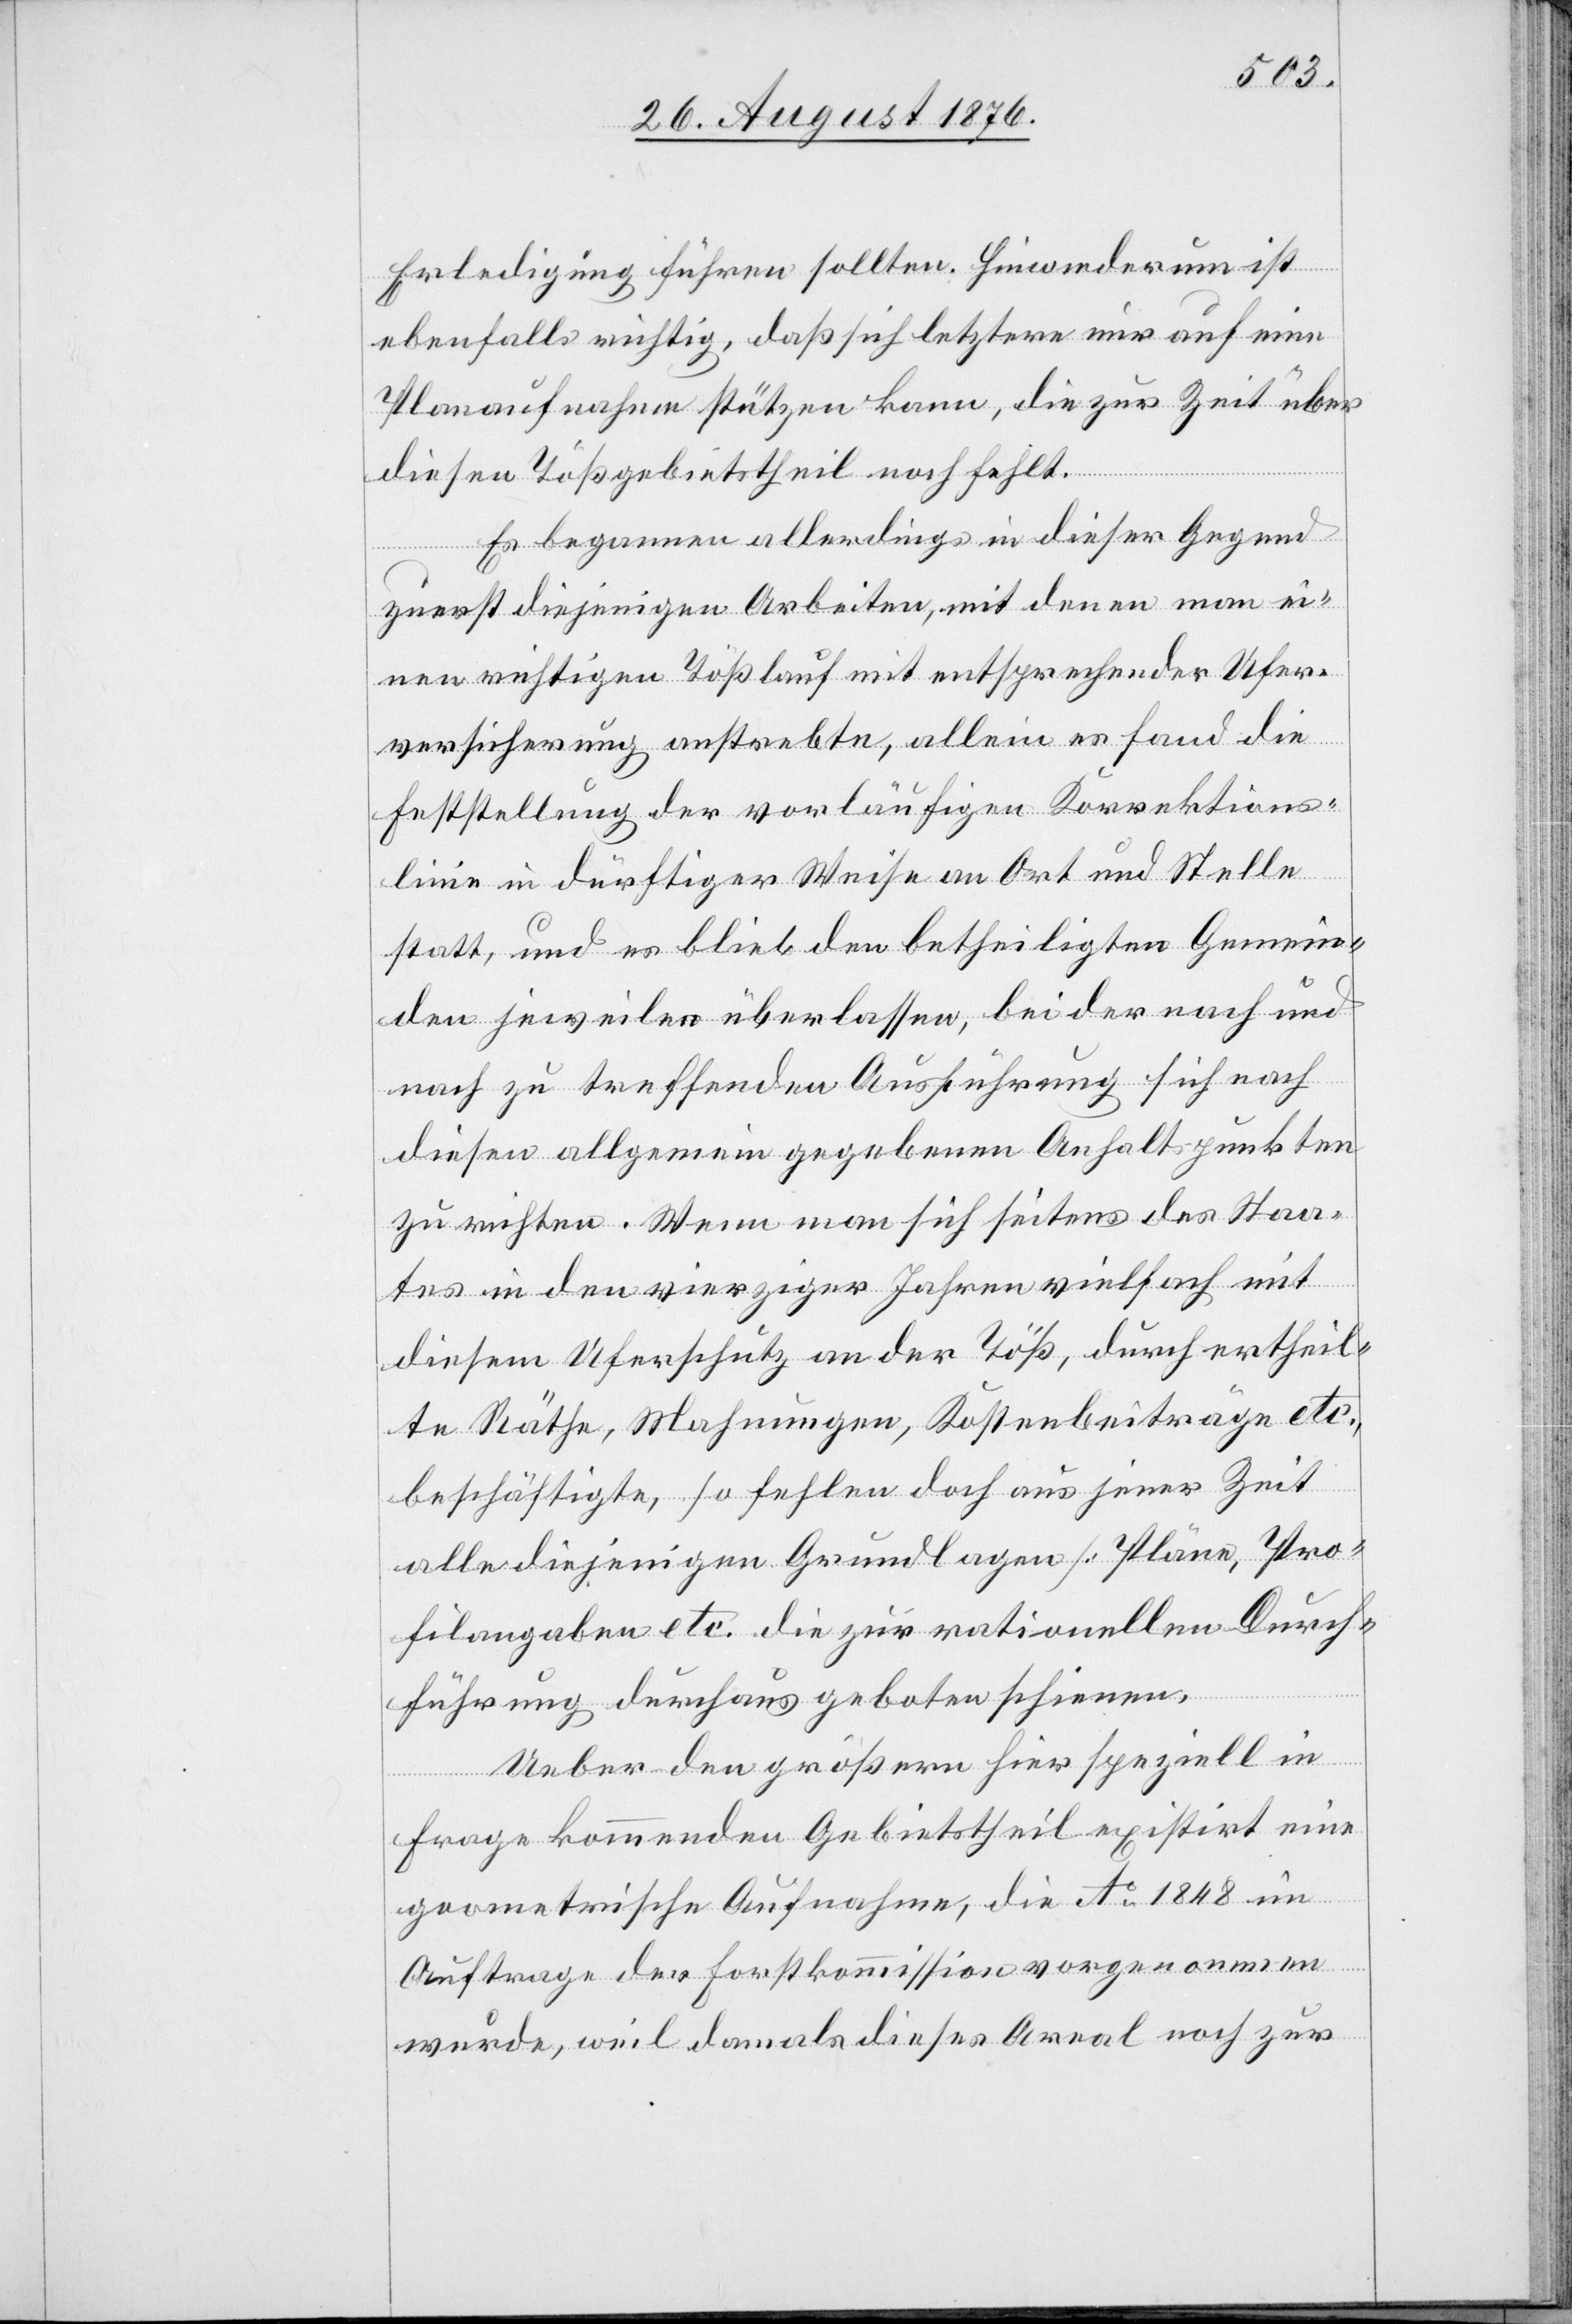
Erledigung führen sollten. Hiewiederum ist
ebenfalls richtig, daß sich letztere nur auf eine
Planaufnahme stützen kann, die zur Zeit über
diesen Tößgebietstheil noch fehlt.
Es begannen allerdings in dieser Gegend
zuerst diejenigen Arbeiten, mit denen man ei¬
nen richtigen Tößlauf mit entsprechender Ufer¬
versicherung anstrebte, allein es fand die
Feststellung der vorläufigen Korrektions¬
linie in dürftiger Weise an Ort und Stelle
statt, und es blieb den betheiligten Gemein¬
den jeweilen überlassen, bei der nach und
nach zu treffenden Ausführung sich nach
diesen allgemein gegebenen Anhaltspunkten
zu richten. Wenn man sich seitens des Staa¬
tes in den vierziger Jahren vielfachmit
diesem Uferschutz an der Töß, durch ertheil¬
te Räthe, Mahnungen, Kostenbeiträge etc.
beschäftigte, so fehlen doch aus jener Zeit
alle diejenigen Grundlagen [Pläne, Pro¬
filangaben etc.[]] die zur rationellen Durch¬
führung durchaus gebotenen schienen.
Ueber den größern hier speziell in
Frage kommenden Gebietstheil restirt eine
geometrische Aufnahme, die Ao 1848 im
Auftrage der Forstkommission vorgenommen
wurde, weil damals dieses Areal noch zur